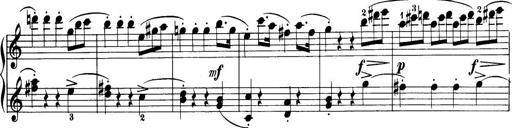
Title: 32 Sonatinas and Rondos for the Piano
Composer: Richard Kleinmichel